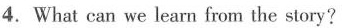
4. What can we learn from the story?